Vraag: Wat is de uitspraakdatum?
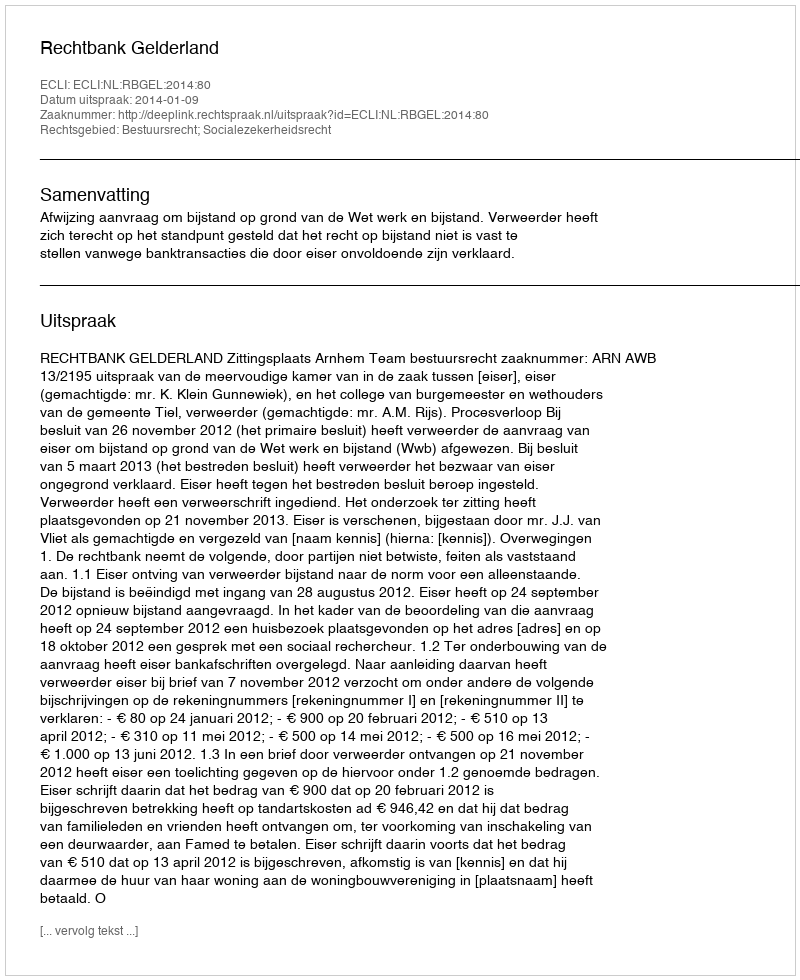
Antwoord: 2014-01-09